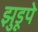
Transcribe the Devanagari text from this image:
झुडूपे